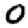
Digit: 0